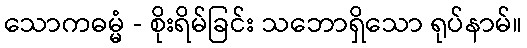
သောကဓမ္မံ - စိုးရိမ်ခြင်း သဘောရှိသော ရုပ်နာမ်။